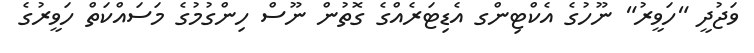
ވަޖުދީ "ހަވީރު" ނޫހުގެ އެކްޓިންގ އެޑިޓަރެއްގެ ގޮތުން ނޫސް ހިންގުމުގެ މަސައްކަތް ހަވީރުގެ